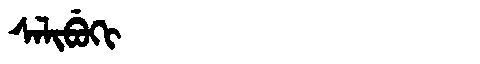
Manchu: ᠰᠠᠯᡳᠪᡠᡴᡳ
Romanization: SALIBUKI